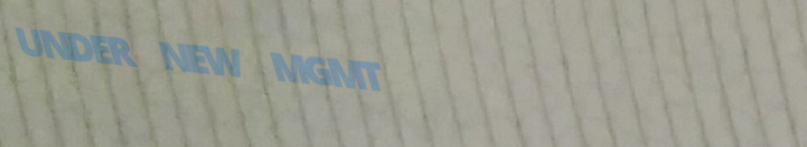
UNDER NEW MGMT